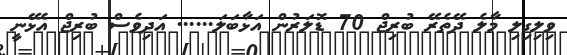
ވިލިގިލި މާލެ ދޭތެރޭ ބުރިޖް 70 ޑޮލަރުން އަޅާބަލަ...... އަދިވެސް ބުރިޖް އެޅޭނީ